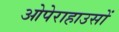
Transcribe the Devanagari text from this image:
ओपेराहाउसों